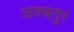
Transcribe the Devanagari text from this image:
अक्बतुर